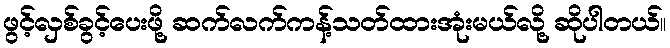
ဖွင့်လှစ်ခွင့်ပေးဖို့ ဆက်လက်ကန့်သတ်ထားအုံးမယ်လို့ ဆိုပါတယ်။